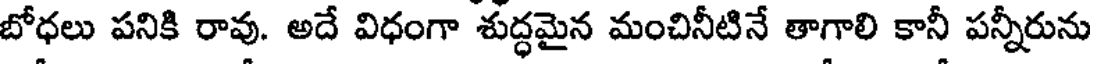
బోధలు పనికి రావు. అదే విధంగా శుద్ధమైన మంచినీటినే తాగాలి కానీ పన్నీరును